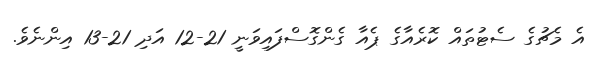
އެ މެޗުގެ ސެޓުތައް ކޮރެއާގެ ޕެއާ ގެންގޮސްފައިވަނީ 21-12 އަދި 21-13 އިންނެވެ.